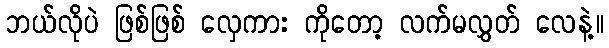
ဘယ်လိုပဲ ဖြစ်ဖြစ် လှေကား ကိုတော့ လက်မလွှတ် လေနဲ့။